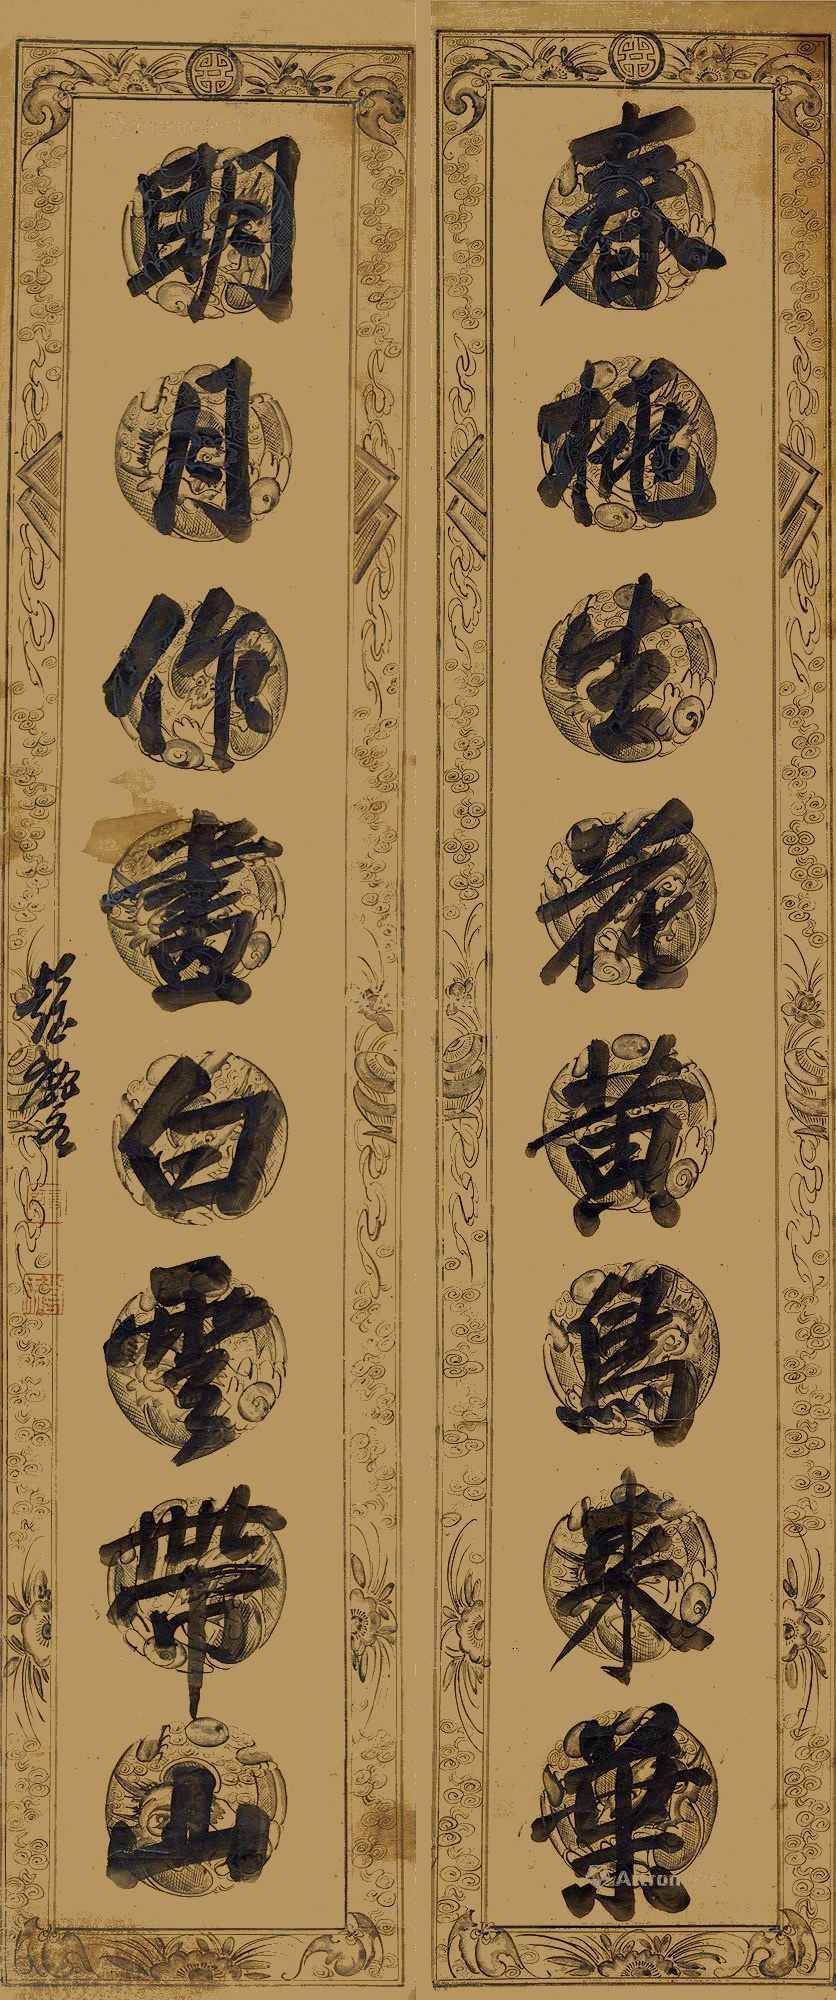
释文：春桃生花黄鸟来叶，明月作书白雪带山。彭玉麟。